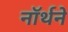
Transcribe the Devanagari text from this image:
नॉर्थने